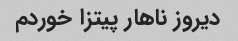
دیروز ناهار پیتزا خوردم